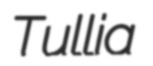
Tullia